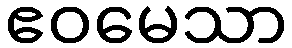
ဧဝမေသာ